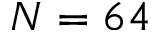
N = 6 4